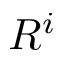
R ^ { i }